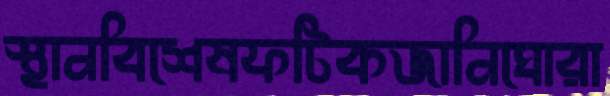
স্থানবিশেষফটিকজানিঘোরা